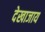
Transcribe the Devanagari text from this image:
देखाजाय